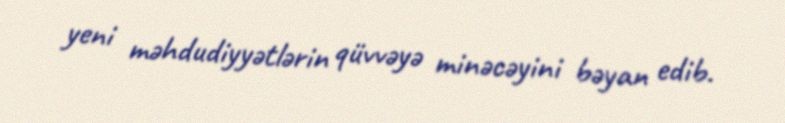
yeni məhdudiyyətlərin qüvvəyə minəcəyini bəyan edib.